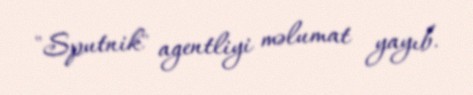
"Sputnik" agentliyi məlumat yayıb.